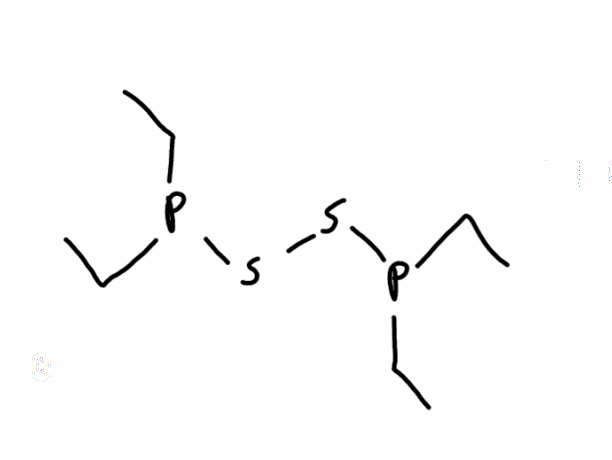
Simplified molecular-input line-entry system (SMILES) notation of the given molecule:
CCP(CC)SSP(CC)CC